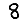
Digit: 8